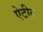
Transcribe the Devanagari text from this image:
ऐटीत